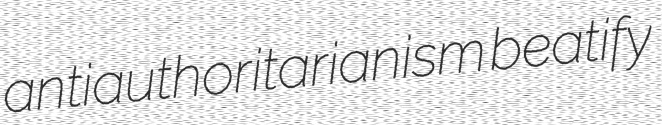
antiauthoritarianism beatify